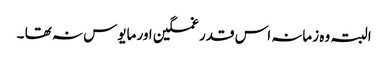
البتہ وہ زمانہ اس قدر غمگین اور مایوس نہ تھا ۔